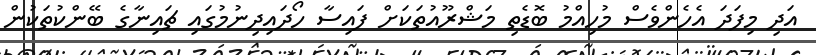
އަދި މިފަދަ އެހެންވެސް މުހިއްމު ބޮޑެތި މަޝްރޫއުތަކަށް ފައިސާ ހޯދައިދިނުމުގައި ޗައިނާގެ ބޭންކުތަކުން